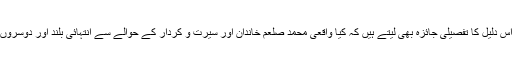
ان اصولی باتوں کو سمجھنے کے بعد آئیے زرا اس دلیل کا تفصیلی جائزہ بھی لیتے ہیں کہ کیا واقعی محمد صلعم خاندان اور سیرت و کردار کے حوالے سے انتہائی بلند اور دوسروں سے امتیازی اخلاق کے حامل واقع ہوئے تھے؟